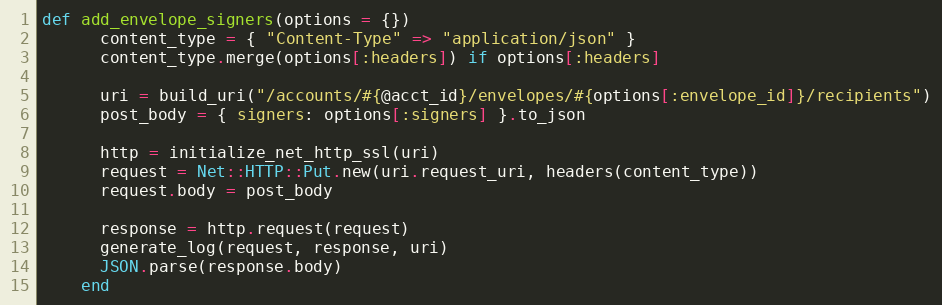
Language: Ruby
def add_envelope_signers(options = {})
      content_type = { "Content-Type" => "application/json" }
      content_type.merge(options[:headers]) if options[:headers]

      uri = build_uri("/accounts/#{@acct_id}/envelopes/#{options[:envelope_id]}/recipients")
      post_body = { signers: options[:signers] }.to_json

      http = initialize_net_http_ssl(uri)
      request = Net::HTTP::Put.new(uri.request_uri, headers(content_type))
      request.body = post_body

      response = http.request(request)
      generate_log(request, response, uri)
      JSON.parse(response.body)
    end